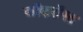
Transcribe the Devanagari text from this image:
कॉकरॉफ्त